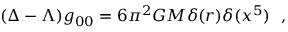
( \Delta - \Lambda ) { g } _ { 0 0 } = 6 \pi ^ { 2 } G M \delta ( r ) \delta ( x ^ { 5 } ) ~ ~ ,